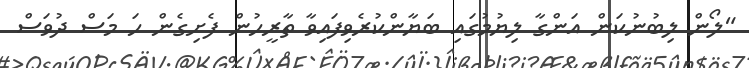
"ލޯން ލިބުނުކަން އަންގާ ލިޔުމުގައި ބަޔާންކުރެވިފައިވާ ތާރީހުން ފެށިގެން ހަ މަސް ދުވަސް